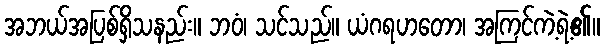
အဘယ်အပြစ်ရှိသနည်း။ ဘဝံ၊ သင်သည်။ ယံဂရဟတော၊ အကြင်ကဲ့ရဲ့၏။